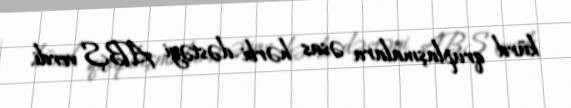
kürd qruplaşmalara əsas hərbi dəstəyi ABŞ verdi.